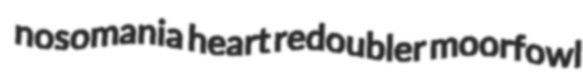
nosomania heart redoubler moorfowl